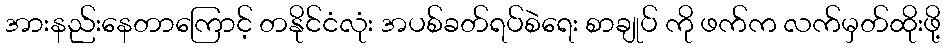
အားနည်းနေတာကြောင့် တနိုင်ငံလုံး အပစ်ခတ်ရပ်စဲရေး စာချုပ် ကို ဖက်က လက်မှတ်ထိုးဖို့